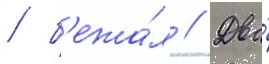
/ б'ежа́л // Два́